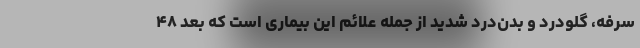
سرفه، گلودرد و بدن‌درد شدید از جمله علائم این بیماری است که بعد ۴۸